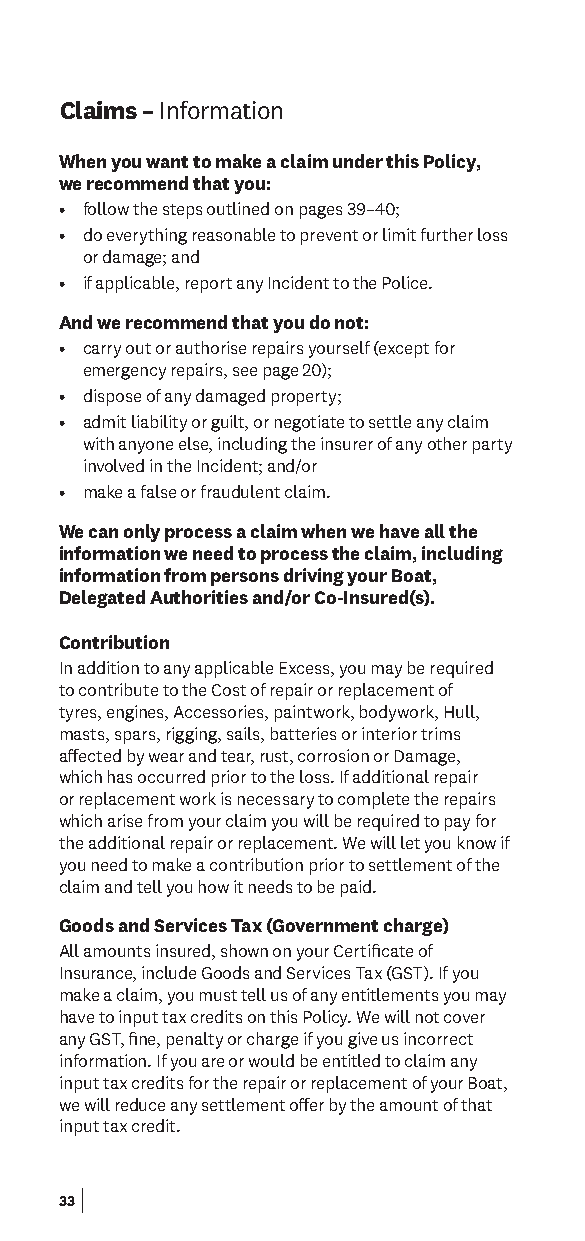
Claims – Information
 When you want to make a claim under this Policy,
 we recommend that you:
 • follow the steps outlined on pages 39–40;
 • do everything reasonable to prevent or limit further loss
 or damage; and
 • if applicable, report any Incident to the Police.
 And we recommend that you do not:
 • carry out or authorise repairs yourself (except for
 emergency repairs, see page 20);
 • dispose of any damaged property;
 • admit liability or guilt, or negotiate to settle any claim
 with anyone else, including the insurer of any other party
 involved in the Incident; and/or
 • make a false or fraudulent claim.
 We can only process a claim when we have all the
 information we need to process the claim, including
 information from persons driving your Boat,
 Delegated Authorities and/or Co-Insured(s).
 Contribution
 In addition to any applicable Excess, you may be required
 to contribute to the Cost of repair or replacement of
 tyres, engines, Accessories, paintwork, bodywork, Hull,
 masts, spars, rigging, sails, batteries or interior trims
 afected by wear and tear, rust, corrosion or Damage,
 which has occurred prior to the loss. If additional repair
 or replacement work is necessary to complete the repairs
 which arise from your claim you will be required to pay for
 the additional repair or replacement. We will let you know if
 you need to make a contribution prior to settlement of the
 claim and tell you how it needs to be paid.
 Goods and Services Tax (Government charge)
 All amounts insured, shown on your Certifcate of
 Insurance, include Goods and Services Tax (GST). If you
 make a claim, you must tell us of any entitlements you may
 have to input tax credits on this Policy. We will not cover
 any GST, fne, penalty or charge if you give us incorrect
 information. If you are or would be entitled to claim any
 input tax credits for the repair or replacement of your Boat,
 we will reduce any settlement ofer by the amount of that
 input tax credit.
 33